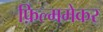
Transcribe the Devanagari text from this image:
फ़िल्ममेकर